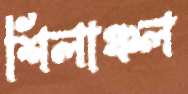
শিলাঞ্চল